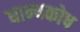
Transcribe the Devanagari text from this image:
धान्यकोष